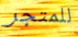
للمتجر